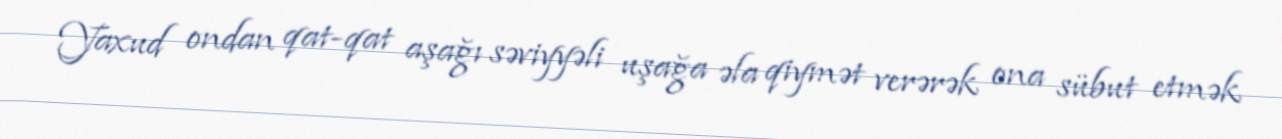
Yaxud ondan qat-qat aşağı səviyyəli uşağa əla qiymət verərək ona sübut etmək